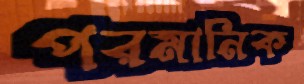
পরমানিক